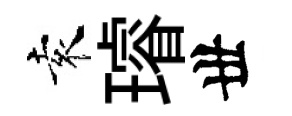
袁璿丗